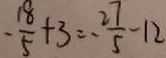
- \frac { 1 8 } { 5 } + 3 = - \frac { 2 7 } { 5 } - 1 2